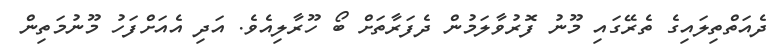
ދެއަތްތިލައިގެ ތެރޭގައި މޫނު ފޮރުވާލަމުން ދެފަރާތަށް ބޯ ހޫރާލިއެވެ. އަދި އެއަށްފަހު މޫނުމަތިން